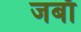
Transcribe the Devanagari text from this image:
जबाँ